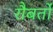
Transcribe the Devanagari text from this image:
रौबर्तो